Civil Veterinary Department Bihar & Orissa reports 1911-21 - 1911-1921
Year: 1911
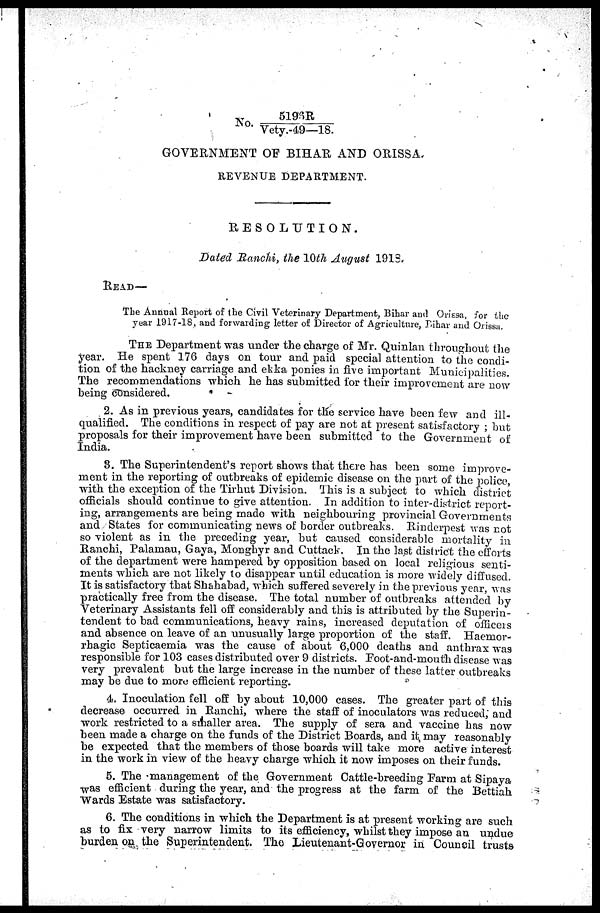
No.
5196R
Vety.-49—18.
GOVERNMENT OF BIHAR AND ORISSA.
REVENUE DEPARTMENT.
RESOLUTION.
Dated Ranchi, the 10th August 1918,
READ—
The Annual Report of the Civil Veterinary Department, Bihar and Orissa, for the
year 1917-18, and forwarding letter of Director of Agriculture, Bihar and Orissa.
THE Department was under the charge of Mr. Quinlan throughout the
year. He spent 176 days on tour and paid special attention to the condi-
tion of the hackney carriage and ekka ponies in live important Municipalities.
The recommendations which he has suhmittcd for their improvement are now
being considered.
2. As in previous years, candidates for the service have been few and ill-
qualified. The conditions in respect of pay are not at present satisfactory ; but
proposals for their improvement have been submitted to the Government of
India.
3. The Superintendent's report shows that there has been some improve-
ment in the reporting of outbreaks of epidemic disease on the part of the police,
with the exception of the Tirhut Division. This is a subject to which district
officials should continue to give attention. In addition to inter-district report-
ing, arrangements are being made with neighbouring provincial Governments
and States for communicating news of border outbreaks. Rinderpest was not
so violent as in the preceding year, but caused considerable mortality in
Ranchi, Palamau, Gaya, Monghyr and Cuttack. In the last district the efforts
of the department were hampered by opposition based on local religious senti-
ments which are not likely to disappear until education is more widely diffused.
It is satisfactory that Shahabad, which suffered severely in the previous year, was
practically free from the disease. The total number of outbreaks attended by
Veterinary Assistants fell off considerably and this is attributed by the Superin-
tendent to bad communications, heavy rains, increased deputation of officers
and absence on leave of an unusually large proportion of the staff. Haermor-
rhagic Septicaemia was the cause of about 6,000 deaths and anthrax was
responsible for 103 cases distributed over 9 districts. Foot-and-mouth disease was
very prevalent but the large increase in the number of these latter outbreaks
may be due to more efficient reporting.
4. Inoculation fell off by about 10,000 cases. The greater part of this
decrease occurred in Ranchi, where the staff of inoculators was reduced, and
work restricted to a smaller area. The supply of sera and vaccine has now
been made a charge on the funds of the District Boards, and it, may reasonably
be expected that the members of those boards will take more active interest
in the work in view of the heavy charge which it now imposes on their funds.
5. The management of the Government Cattle-breeding Farm at Sipaya
was efficient during the year, and the progress at the farm of the Bettiah
Wards Estate was satisfactory.
6. The conditions in which the Department is at present working are such
as to fix very narrow limits to its efficiency, whilst they impose an undue
burden on the Superintendent. The Lieutenant-Governor in Council trusts